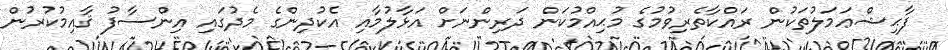
ފާޙިޝްޢަމަލުތަކުން ރައްކާތެރިވުމުގެ މުޙިއްމުކަން ދަރިންނަށް އަޅާލުމާއި އެކުދިންގެ މެދުގައި އިންސާފު ޤާއިމުކުރުން